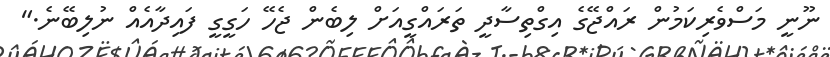
ނޫނީ މަސްވެރިކަމުން ރައްޖޭގެ އިގްތިސާދީ ތަރައްގީއަށް ލިބެން ޖެހޭ ހަގީގީ ފައިދާއެއް ނުލިބޭނެ."